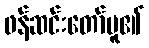
ဖန်ဆင်းတော်မူ၏